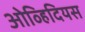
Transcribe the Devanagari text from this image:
ओव्हिदियस